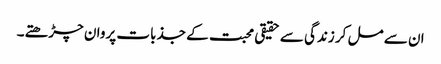
ان سے مل کر زندگی سے حقیقی محبت کے جذبات پروان چڑھتے۔